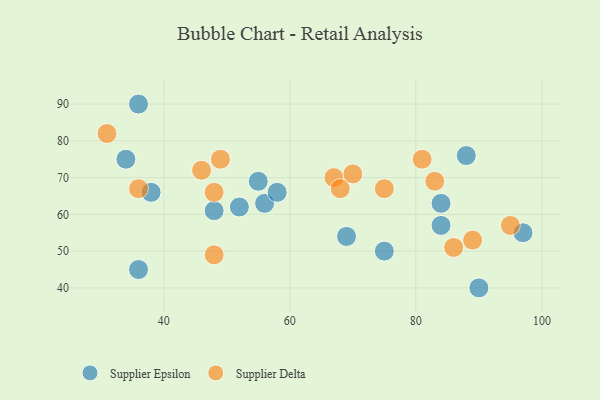
{"axis": {"x": "GDP", "y": "Life Expectancy"}, "legend": ["Supplier Delta", "Supplier Epsilon"], "data": [{"x": "38", "y": 66, "type": "Supplier Epsilon"}, {"x": "56", "y": 63, "type": "Supplier Epsilon"}, {"x": "58", "y": 66, "type": "Supplier Epsilon"}, {"x": "84", "y": 63, "type": "Supplier Epsilon"}, {"x": "48", "y": 61, "type": "Supplier Epsilon"}, {"x": "69", "y": 54, "type": "Supplier Epsilon"}, {"x": "97", "y": 55, "type": "Supplier Epsilon"}, {"x": "90", "y": 40, "type": "Supplier Epsilon"}, {"x": "36", "y": 90, "type": "Supplier Epsilon"}, {"x": "55", "y": 69, "type": "Supplier Epsilon"}, {"x": "84", "y": 57, "type": "Supplier Epsilon"}, {"x": "75", "y": 50, "type": "Supplier Epsilon"}, {"x": "88", "y": 76, "type": "Supplier Epsilon"}, {"x": "34", "y": 75, "type": "Supplier Epsilon"}, {"x": "36", "y": 45, "type": "Supplier Epsilon"}, {"x": "52", "y": 62, "type": "Supplier Epsilon"}, {"x": "46", "y": 72, "type": "Supplier Delta"}, {"x": "36", "y": 67, "type": "Supplier Delta"}, {"x": "48", "y": 66, "type": "Supplier Delta"}, {"x": "95", "y": 57, "type": "Supplier Delta"}, {"x": "48", "y": 49, "type": "Supplier Delta"}, {"x": "49", "y": 75, "type": "Supplier Delta"}, {"x": "67", "y": 70, "type": "Supplier Delta"}, {"x": "86", "y": 51, "type": "Supplier Delta"}, {"x": "81", "y": 75, "type": "Supplier Delta"}, {"x": "70", "y": 71, "type": "Supplier Delta"}, {"x": "31", "y": 82, "type": "Supplier Delta"}, {"x": "83", "y": 69, "type": "Supplier Delta"}, {"x": "75", "y": 67, "type": "Supplier Delta"}, {"x": "68", "y": 67, "type": "Supplier Delta"}, {"x": "89", "y": 53, "type": "Supplier Delta"}]}